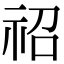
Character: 祒